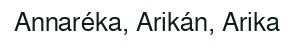
Annaréka, Arikán, Arika